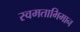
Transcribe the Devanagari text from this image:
स्वमताभिमान